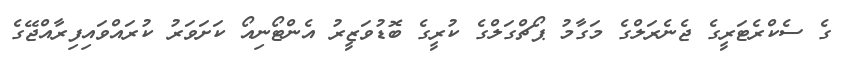
ގެ ސެކްރެޓަރީގެ ޖެނެރަލްގެ މަގާމު ޕޯޗްގަލްގެ ކުރީގެ ބޮޑުވަޒީރު އެންޓޯނިއޯ ކަށަވަރު ކުރައްވައިފިރާއްޖޭގެ